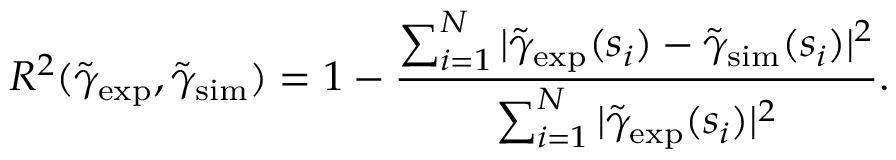
R ^ { 2 } ( \tilde { \gamma } _ { \mathrm { e x p } } , \tilde { \gamma } _ { \mathrm { s i m } } ) = 1 - \frac { \sum _ { i = 1 } ^ { N } | \tilde { \gamma } _ { \mathrm { e x p } } ( s _ { i } ) - \tilde { \gamma } _ { \mathrm { s i m } } ( s _ { i } ) | ^ { 2 } } { \sum _ { i = 1 } ^ { N } | \tilde { \gamma } _ { \mathrm { e x p } } ( s _ { i } ) | ^ { 2 } } .